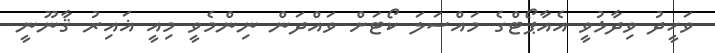
ވަހީދު ވިދާޅުވީ އެއާޕޯޓްގެ މައްސަލަ ކޯޓަށް ވައްދަން ނިންމެވީ މިއީ ޣައިރު ޤާނޫނީ